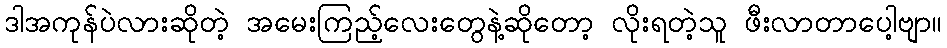
ဒါအကုန်ပဲလားဆိုတဲ့ အမေးကြည့်လေးတွေနဲ့ဆိုတော့ လိုးရတဲ့သူ ဖီးလာတာပေါ့ဗျာ။